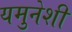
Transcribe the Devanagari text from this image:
यमुनेशी